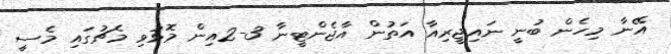
އޭނާ މިހެން ބުނީ ނައިޖީރިއާ އަތުން އާޖެންޓީނާ 3-2އިން މޮޅުވި މެޗުގައި މެސީ